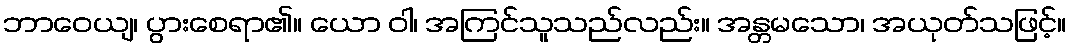
ဘာဝေယျ၊ ပွားစေရာ၏။ ယော ဝါ၊ အကြင်သူသည်လည်း။ အန္တမသော၊ အယုတ်သဖြင့်။